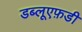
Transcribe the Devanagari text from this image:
डब्लूएफ़डी